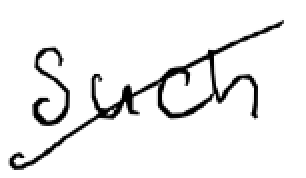
Text: such
Cross-out: mix
Writing tool: digital_black